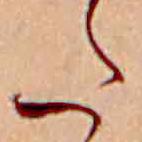
た